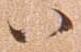
八